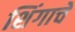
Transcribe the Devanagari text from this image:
शिंगाचे